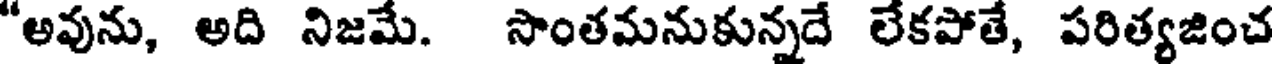
"అవును, అది నిజమే. సొంతమనుకున్నదే లేకపోతే, పరిత్యజించ